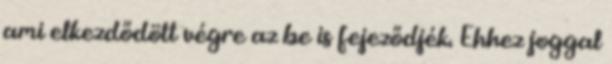
ami elkezdődött végre az be is fejeződjék. Ehhez joggal